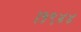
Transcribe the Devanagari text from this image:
।१९४४